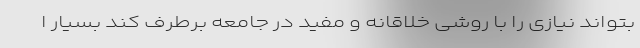
بتواند نیازی را با روشی خلاقانه و مفید در جامعه برطرف کند بسیار ا